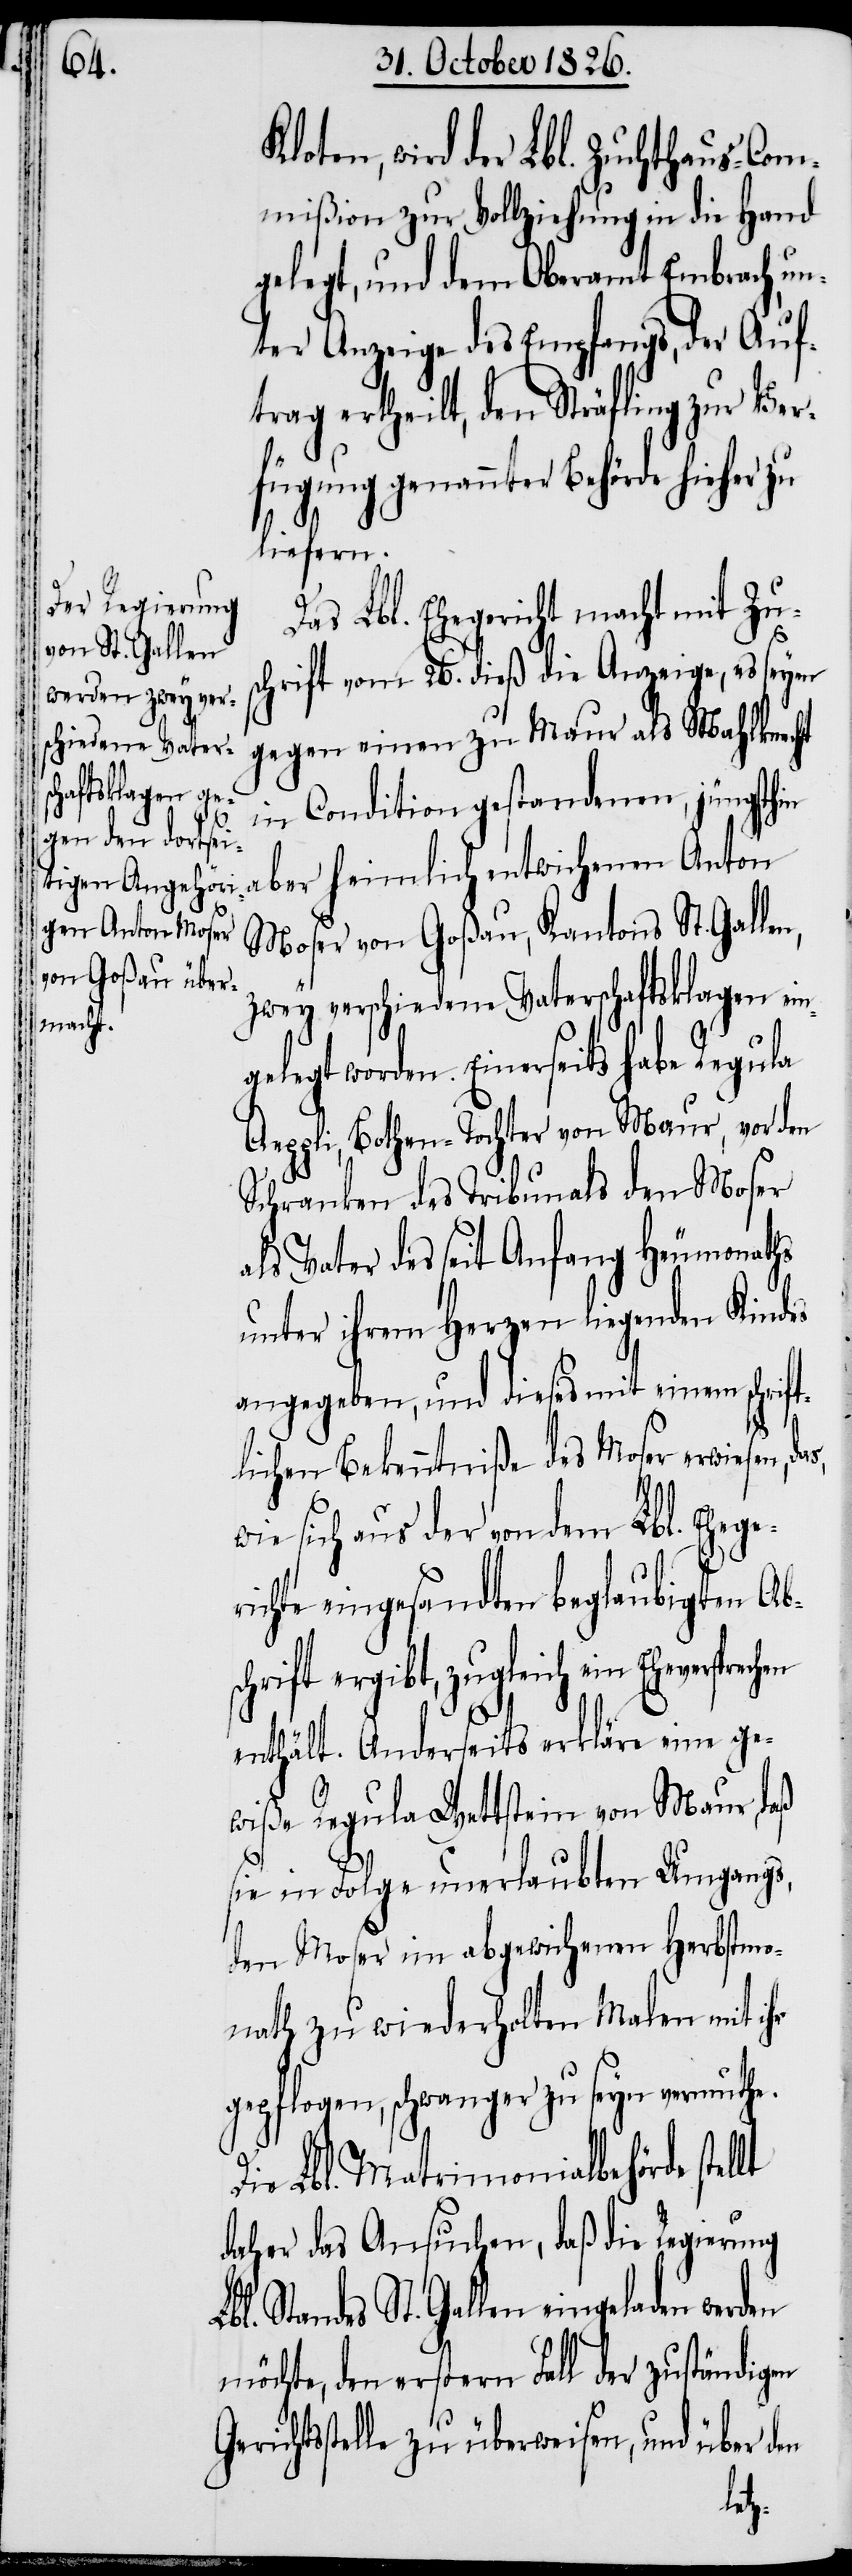
r¬

Kloten, wird der Lbl. Zuchthaus-Com¬
mißion zur Vollziehung in die Hand
gelegt, und dem Oberamt Embrach, u¬
nter Anzeige des Empfangs, der Auf¬
trag ertheilt, den Sträfling zur Ver¬
fügung genannter Behörde hieher
liefern.
Das Lbl. Ehegericht macht mit Zus¬
chrift vom 26. dieß die Anzeige, es seyen
gegen einen zu Maur als Mahlknecht
in Condition gestandenen, jüngsthin
aber heimlich entwichenen Anton
Moser von Goßau, Kantons St. Gal¬
zwey verschiedene Vaterschaftsklagen ein¬
gelegt worden. Einerseits habe Regula
Aeppli, Bothen-Tochter von Maur, vor den
Schranken des Tribunals den Moser
als Vater des seit Anfang Heumonaths
unter ihrem Herzen liegenden Kindes
angegeben, und dieses mit einem schrift¬
lichen Bekenntniße des Moser erwiesen,
wie sich aus der von dem Lbl. Ehege¬
ichte eingesandten beglaubigten Ab¬
schrift ergibt, zugleich ein Eheverspre¬
enthält. Anderseits erkläre eine ge¬
wiße Regula Wettstein von Maur, daß
sie in Folge unerlaubten Umgangs,
den Moser im abgewichenen Herbstmo¬
nath zu wiederholten Malen mit ihr
gepflogen, schwanger zu seyn vermuthe.
Die Lbl. Matrimonialbehörde stellt
daher das Ansuchen, daß die Regierung
Standes St. Gallen eingeladen
möchte, den erstern Fall der zuständigen
Gerichtsstelle zu überweisen, und über den
chen